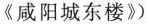
《咸阳城东楼》